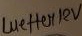
Text: wetter12V